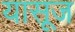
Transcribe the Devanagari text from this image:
यासूज